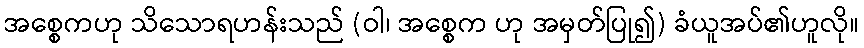
အစ္စေကဟု သိသောရဟန်းသည် (ဝါ၊ အစ္စေက ဟု အမှတ်ပြု၍) ခံယူအပ်၏ဟူလို။